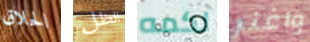
الحلاق الظل لكمه واغنر